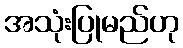
အသုံးပြုမည်ဟု